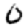
Digit: 0